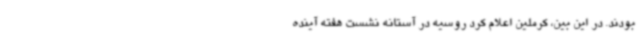
بودند. در این بین، کرملین اعلام کرد روسیه در آستانه نشست هفته آینده